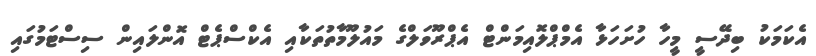
އެކަމަކު ބިދޭސީ މީހާ ހުށަހަޅާ އެމްޕްލޮއިމަންޓް އެޕްރޫވަލްގެ މައުލޫމާތުތަކާއި އެކްސްޕެޓް އޮންލައިން ސިސްޓަމުގައި